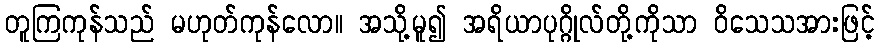
တူကြကုန်သည် မဟုတ်ကုန်လော။ အသို့မူ၍ အရိယာပုဂ္ဂိုလ်တို့ကိုသာ ဝိသေသအားဖြင့်